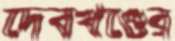
দেবখণ্ডের